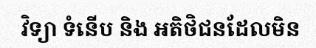
វិទ្យា ទំនើប និង អតិថិជនដែលមិន